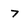
Character: 7